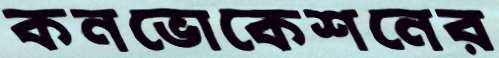
কনভোকেশনের